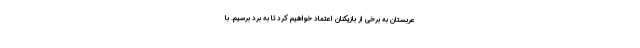
عربستان به برخی از بازیکنان اعتماد خواهیم کرد تا به برد برسیم. با